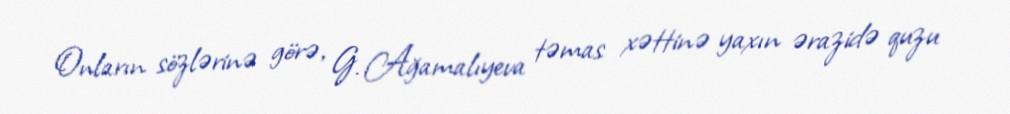
Onların sözlərinə görə, G. Ağamalıyeva təmas xəttinə yaxın ərazidə quzu